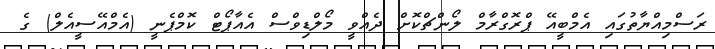
ރަސްމިއްޔާތުގައި އެމްބީއޭ ޕްރޮގްރާމް ލޯންޗްކޮށް ދެއްވީ މޯލްޑިވްސް އެއާޕޯޓް ކޮމްޕެނީ (އެމްއޭސީއެލް) ގެ